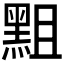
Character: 𪐵